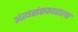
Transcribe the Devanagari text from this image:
अंत्यसंस्काराला